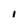
Character: I